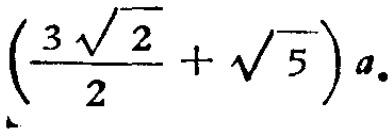
$\left(\frac{3\sqrt{2}}{2}+\sqrt{5}\right)a.$